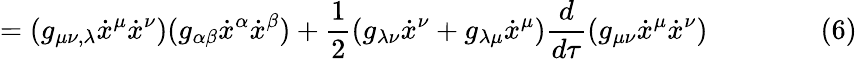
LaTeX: =(g_{\mu\nu,\lambda}{\dot{x}}^{\mu}{\dot{x}}^{\nu})(g_{\alpha\beta}{\dot{x}}^{\alpha}{\dot{x}}^{\beta})+{\frac{1}{2}}(g_{\lambda\nu}{\dot{x}}^{\nu}+g_{\lambda\mu}{\dot{x}}^{\mu}){\frac{d}{d\tau}}(g_{\mu\nu}{\dot{x}}^{\mu}{\dot{x}}^{\nu})\qquad\qquad(6)